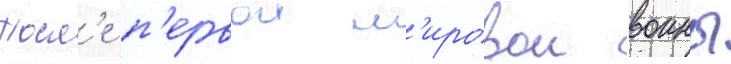
Посл'е п'ервои м'ировои воины